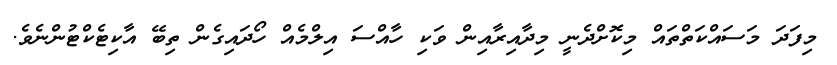
މިފަދަ މަސައްކަތްތައް މިކޮށްދެނީ މިދާއިރާއިން ވަކި ހާއްސަ އިލްމެއް ހޯދައިގެން ތިބޭ އާކިޓެކްޓުންނެވެ.